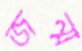
জন্ম